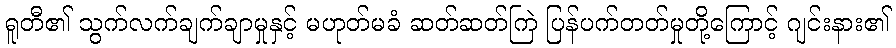
ရူတီ၏ သွက်လက်ချက်ချာမှုနှင့် မဟုတ်မခံ ဆတ်ဆတ်ကြဲ ပြန်ပက်တတ်မှုတို့ကြောင့် ဂျင်းနား၏